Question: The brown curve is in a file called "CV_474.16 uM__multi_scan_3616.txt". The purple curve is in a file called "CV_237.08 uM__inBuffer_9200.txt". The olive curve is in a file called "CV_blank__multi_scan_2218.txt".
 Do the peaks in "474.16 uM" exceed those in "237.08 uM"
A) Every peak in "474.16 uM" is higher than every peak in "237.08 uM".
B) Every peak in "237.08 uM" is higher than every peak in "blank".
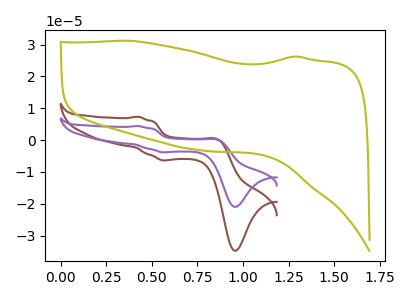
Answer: <think>The brown curve "474.16 uM" has anodic peaks at (0.45V, 7.35uA) (0.85V, 0.20uA) and cathodic peaks at (0.55V, -6.35uA) (0.95V, -34.75uA). The purple curve "237.08 uM" has anodic peaks at (0.45V, 4.45uA) (0.85V, 0.15uA) and cathodic peaks at (0.55V, -3.85uA) (0.95V, -20.95uA). The olive curve "blank" has no peaks.</think>
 <answer>A) Every peak in "474.16 uM" is higher than every peak in "237.08 uM".</answer>
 <eval>A</eval>